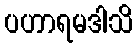
ပဟာရမဒါသိ